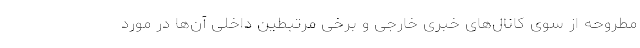
مطروحه از سوی کانال‌های خبری خارجی و برخی مرتبطین داخلی آن‌ها در مورد